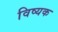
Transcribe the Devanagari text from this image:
विष्यक